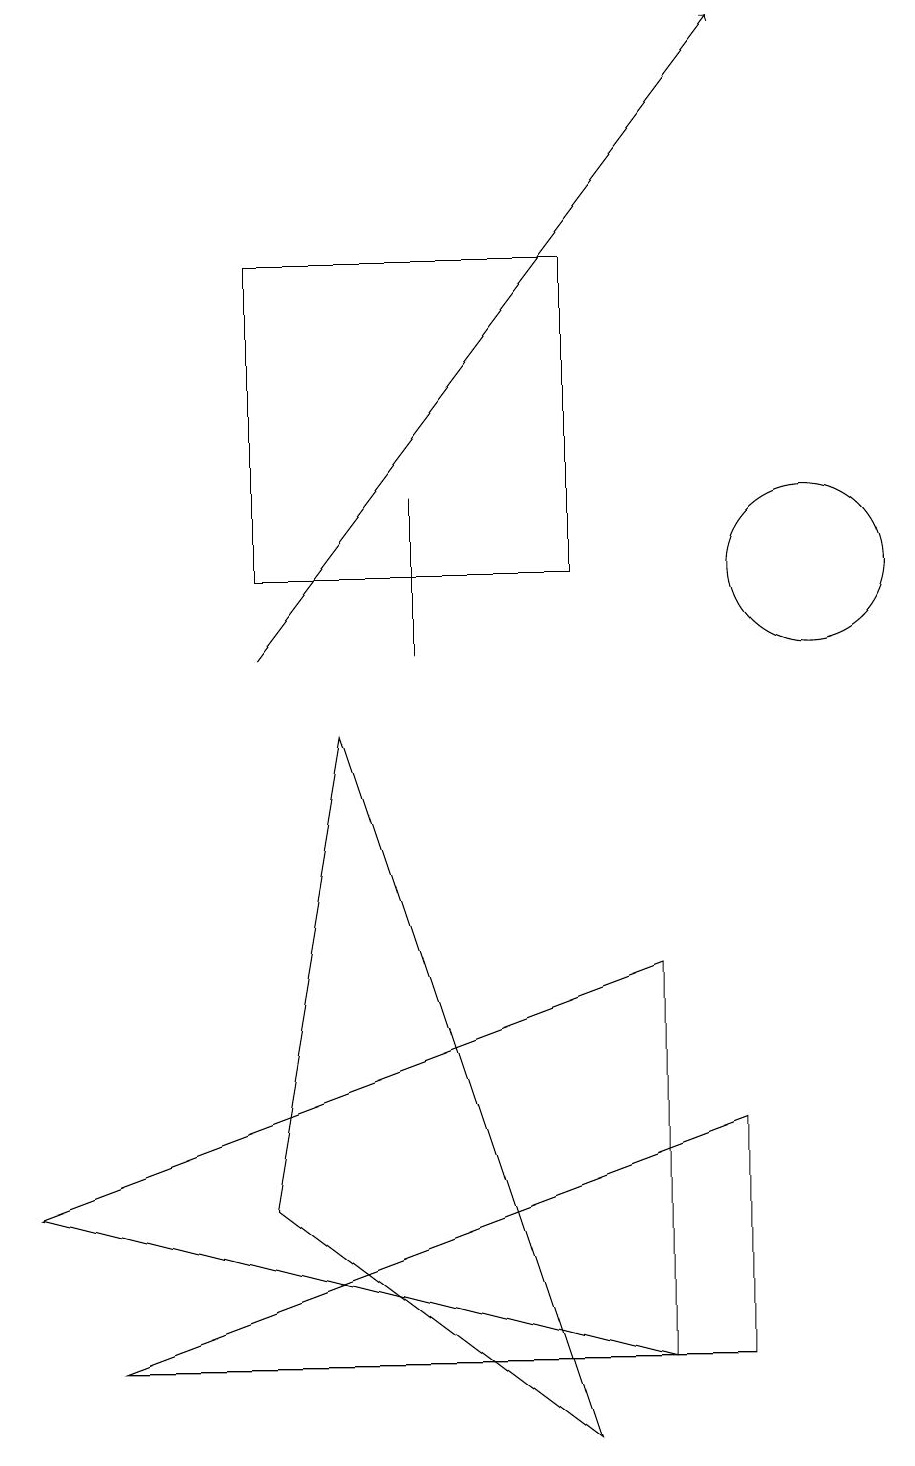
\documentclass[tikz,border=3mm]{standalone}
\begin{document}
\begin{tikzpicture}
\draw (0,3) -- (8,6) -- (8,1) -- cycle;
\draw (1,1) -- (9,1) -- (9,4) -- cycle;
\draw (7,15) rectangle (3,11);
\draw (7,0) -- (3,3) -- (4,9) -- cycle;
\draw[->] (3,10) -- (9,18);
\draw (10,11) circle (1);
\draw (5,10) rectangle (5,12);
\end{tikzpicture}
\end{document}